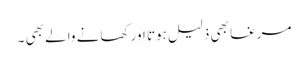
مرغا بھی ذلیل ہوتا اور کھانے والے بھی ۔